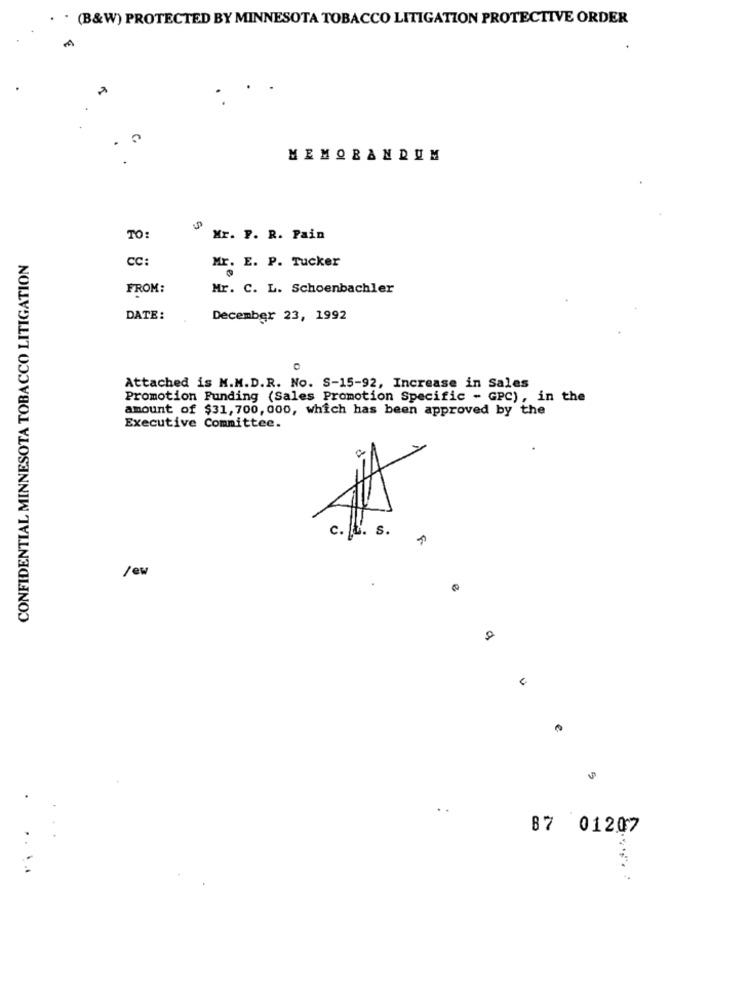
. . (B&W) PROTECTED BY MINNESOTA TOBACCO LITIGATION PROTECTIVE ORDER
MEMORANDUM
TO:
Mr. P. R. Pain
CONFIDENTIAL MINNESOTA TOBACCO LITIGATION
CC:
Mr. E. P. Tucker
FROM:
Mr. C. L. Schoenbachler
DATE:
December 23, 1992
Attached is M.M.D.R. No. S-15-92, Increase in Sales
Promotion Funding (Sales Promotion Specific - GPC) , in the
amount of $31, 700, 000, which has been approved by the
Executive Committee.
JA
c. L. S.
/ew
87 01207